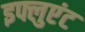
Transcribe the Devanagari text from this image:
इफ्लुएंट